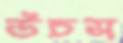
উচস